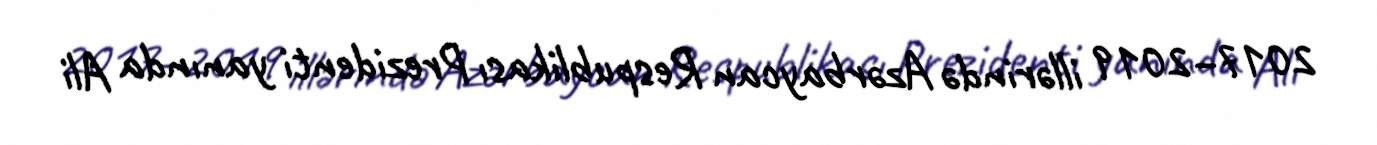
2017–2019 illərində Azərbaycan Respublikası Prezidenti yanında Ali